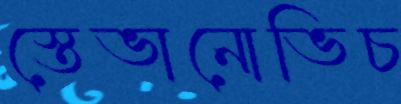
স্তেভানোভিচ